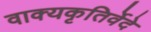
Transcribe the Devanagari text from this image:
वाक्यकृतिर्वेदे